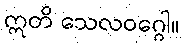
ဣတိ သေလဝဂ္ဂေါ။